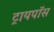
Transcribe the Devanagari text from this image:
ट्रायपॉस